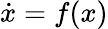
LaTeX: {\dot{x}}=f(x)